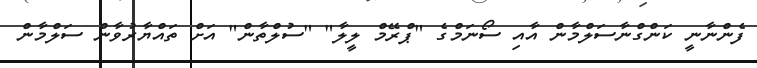
ފެންނާނީ ކަންގްނާސަލްމާން އާއި ސޯނަމްގެ "ޕްރޭމް ލީލާ" "ސުލްތާން" އަށް ތައްޔާރުވާން ސަލްމާން